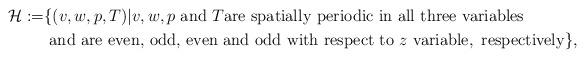
LaTeX: \begin{align*} \mathcal H:=&\{(v,w,p,T)|v,w,p\mbox{ and }T\mbox{are spatially periodic in all three variables} \\ &\mbox{ and are even, odd, even and odd with respect to }z \mbox{ variable},\mbox{ respectively}\},\end{align*}